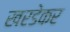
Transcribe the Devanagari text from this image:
खरडेकर